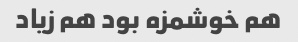
هم خوشمزه بود هم زیاد